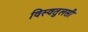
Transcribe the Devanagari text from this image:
विस्वतुलसी